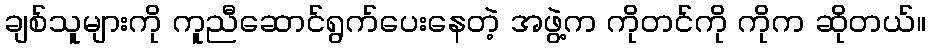
ချစ်သူများကို ကူညီဆောင်ရွက်ပေးနေတဲ့ အဖွဲ့က ကိုတင်ကို ကိုက ဆိုတယ်။